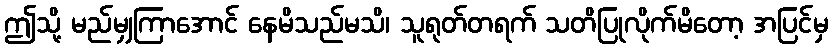
ဤသို့ မည်မျှကြာအောင် နေမိသည်မသိ၊ သူရုတ်တရက် သတိပြုလိုက်မိတော့ အပြင်မှ